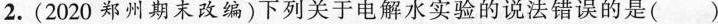
2.(2020郑州期末改编)下列关于电解水实验的说法错误的是( )